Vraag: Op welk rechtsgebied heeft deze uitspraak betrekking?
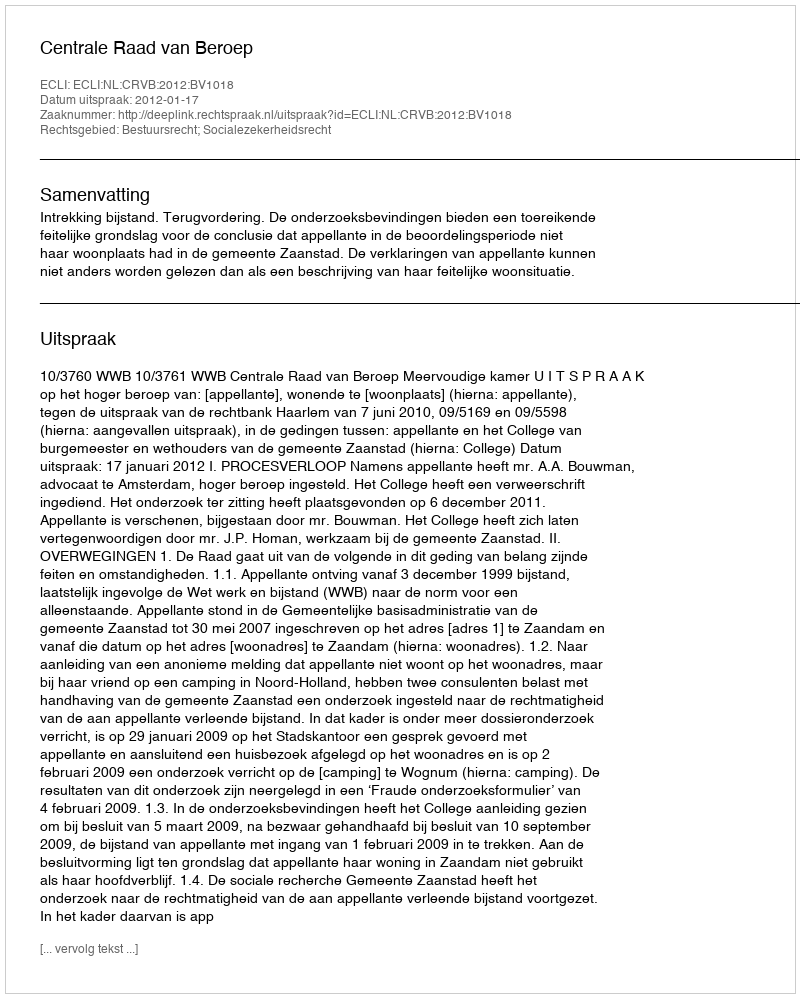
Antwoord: Bestuursrecht; Socialezekerheidsrecht